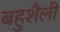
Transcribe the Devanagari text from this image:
बहुशैली